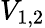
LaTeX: V_{1,2}